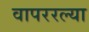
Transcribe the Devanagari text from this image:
वापररल्या